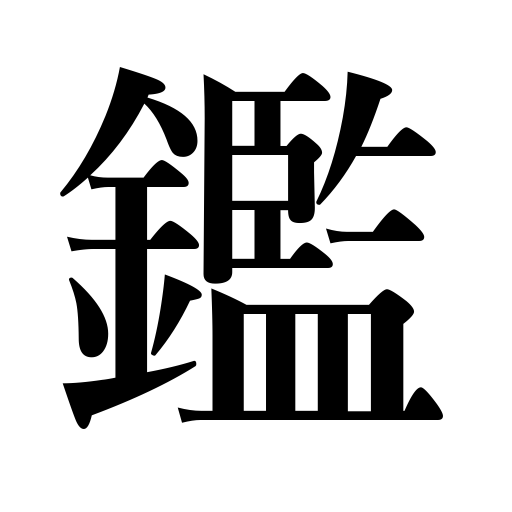
Meanings: learn a lesson from,take warning from